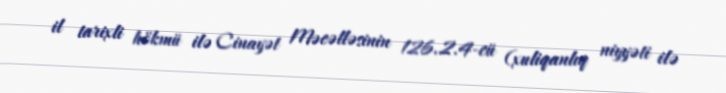
il tarixli hökmü ilə Cinayət Məcəlləsinin 126.2.4-cü (xuliqanlıq niyyəti ilə